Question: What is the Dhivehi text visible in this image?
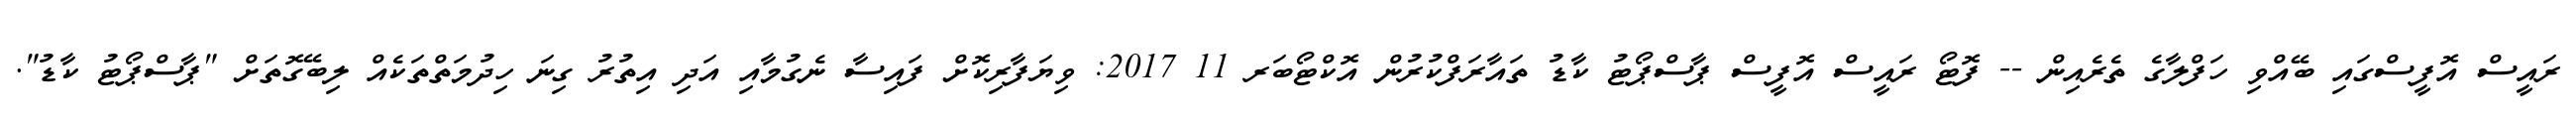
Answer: ރައީސް އޮފީސްގައި ބޭއްވި ހަފްލާގެ ތެރެއިން -- ފޮޓޯ ރައީސް އޮފީސް ޕާސްޕޯޓު ކާޑު ތައާރަފްކުރުން އޮކްޓޯބަރ 11 2017: ވިޔަފާރިކޮށް ފައިސާ ނެގުމާއި އަދި އިތުރު ގިނަ ހިދުމަތްތަކެއް ލިބޭގޮތަށް "ޕާސްޕޯޓު ކާޑު".